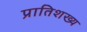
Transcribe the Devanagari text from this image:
प्रातिशख्य